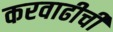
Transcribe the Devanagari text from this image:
करवाढीची